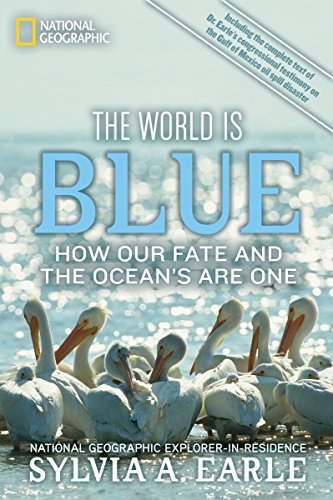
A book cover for The World Is Blue: How Our Fate and the Ocean's  Are One; Sylvia Earle; Science & Math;